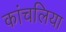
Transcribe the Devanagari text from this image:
कांचलिया